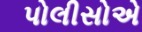
પોલીસોએ